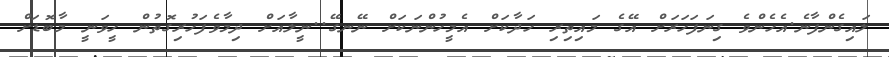
ލައިގެންފާނެ.އެހެންވެ ގިނަފަހަރަށް އޭގެ މައިތިރި ހަދާކަށް އެމީހުންނަކަށް ނޭނގޭ..ނީލާއަށް ދިމާވެފަހުރިގޮތުން ހީވަނީ މާބޮޑަށް